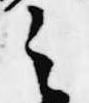
之